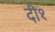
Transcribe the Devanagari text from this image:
दी१